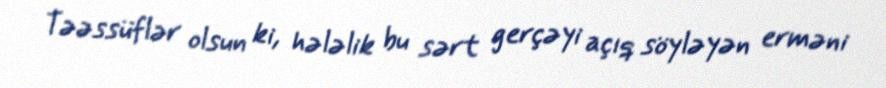
Təəssüflər olsun ki, hələlik bu sərt gerçəyi açıq söyləyən erməni